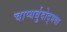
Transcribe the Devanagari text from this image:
चाप्यर्बुदोद्भवा